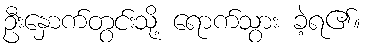
ဦးနှောက်တွင်းသို့ ရောက်သွား ခဲ့ရ၏။